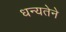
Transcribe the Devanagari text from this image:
धन्यतेने